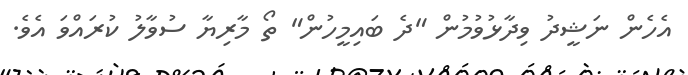
އެހެން ނަޝީދު ވިދާޅުވުމުން "ދެ ބައިމީހުން" ތޯ މާރިޔާ ސުވާލު ކުރައްވަ އެވެ.